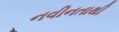
નવીનતાથી